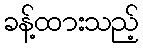
ခန့်ထားသည့်